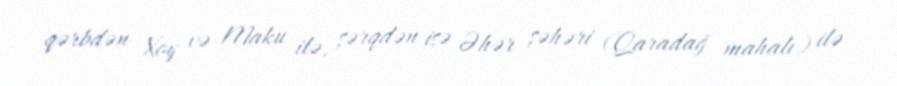
qərbdən Xoy və Maku ilə, şərqdən isə Əhər şəhəri (Qaradağ mahalı) ilə